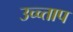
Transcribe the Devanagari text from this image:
उच्च्ताप